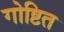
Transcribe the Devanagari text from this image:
गोष्टित